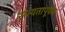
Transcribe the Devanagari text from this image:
सत्यतापूर्वक